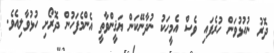
ދޮރު ނުހުޅުވަން ހުރެފައި ވެސް އެމީހަކު ނުދާނޭކަން ޔަޤީންވާތީ އެންމެފަހުން ދޮރޯށި ހުޅުވާލިއެވެ.